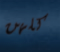
كلهن